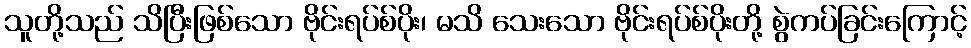
သူတို့သည် သိပြီးဖြစ်သော ဗိုင်းရပ်စ်ပိုး၊ မသိ သေးသော ဗိုင်းရပ်စ်ပိုးတို့ စွဲကပ်ခြင်းကြောင့်